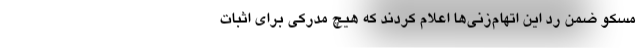
مسکو ضمن رد این اتهام‌زنی‌ها اعلام کردند که هیچ مدرکی برای اثبات